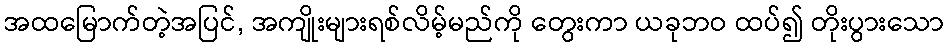
အထမြောက်တဲ့အပြင်, အကျိုးများရစ်လိမ့်မည်ကို တွေးကာ ယခုဘဝ ထပ်၍ တိုးပွားသော